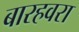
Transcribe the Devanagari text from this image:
बारहवरा